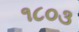
૧૮૦૩